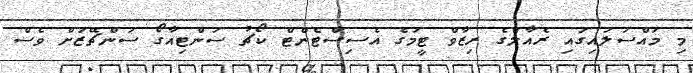
މި މައްސަލައިގައި ރެއާލްގެ ރިޒާވް ޓީމުގެ އެސިސްޓެންޓް ކޯޗު ސަންޓިއާގޯ ސަންޗޭޒަށް ވެސް